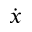
\dot { x }